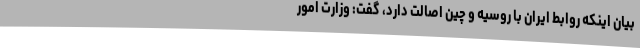
بیان اینکه روابط ایران با روسیه و چین اصالت دارد، گفت: وزارت امور